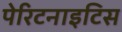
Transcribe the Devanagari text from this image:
पेरिटनाइटिस